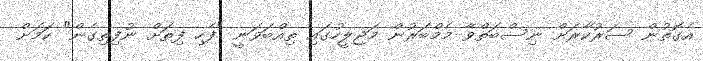
އެގޮތުން ސަރުކާރަށް ނިސްބަތްވާ މެމްބަރުން މަޖިލީހުގައި ތިއްބަވަނީ "ފެހި ފިތަށް ނުފިތިގެން" ކަމަށް